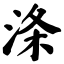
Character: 涤